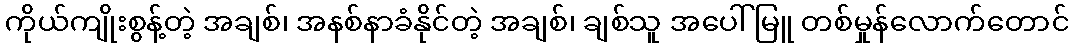
ကိုယ်ကျိုးစွန့်တဲ့ အချစ်၊ အနစ်နာခံနိုင်တဲ့ အချစ်၊ ချစ်သူ အပေါ် မြူ တစ်မှုန်လောက်တောင်